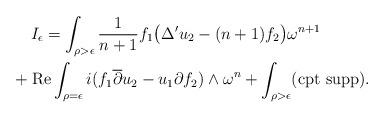
LaTeX: \begin{gather*}I_\epsilon=\int_{\rho>\epsilon}\frac{1}{n+1}f_1\bigl(\Delta^\prime u_2-(n+1)f_2\bigr)\omega^{n+1} \\\hphantom{I_\epsilon=}{} +\operatorname{Re}\int_{\rho=\epsilon} i(f_1\overline{\partial}u_2-u_1\partial f_2)\wedge\omega^n+\int_{\rho>\epsilon}({\rm cpt\ supp}).\end{gather*}